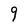
Character: 9